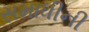
સમાધીની